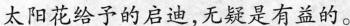
太阳花给予的启迪，无疑是有益的。